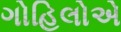
ગોહિલોએ